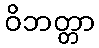
ဝိဘတ္တာ